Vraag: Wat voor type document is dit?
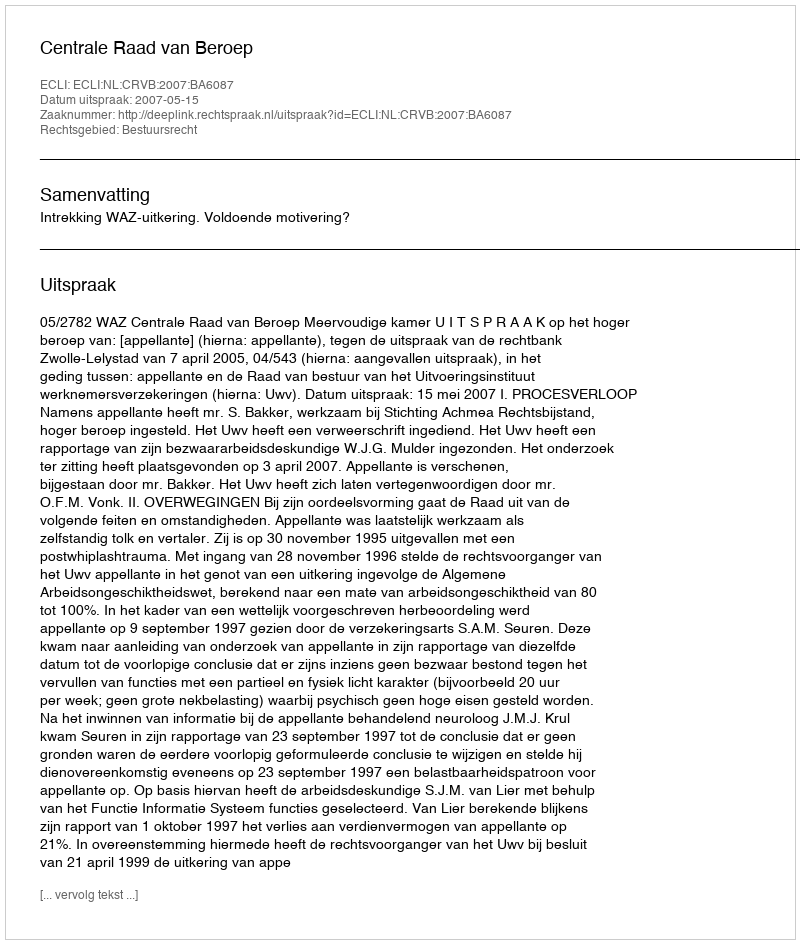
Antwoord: Uitspraak